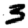
Digit: 3